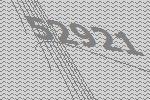
52921